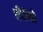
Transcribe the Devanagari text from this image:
सँपीयो